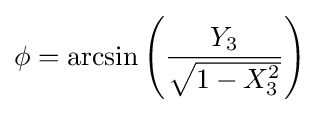
\phi =\arcsin \left({\frac {Y_{3}}{\sqrt {1-X_{3}^{2}}}}\right)